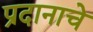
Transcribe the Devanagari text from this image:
प्रदानाचे